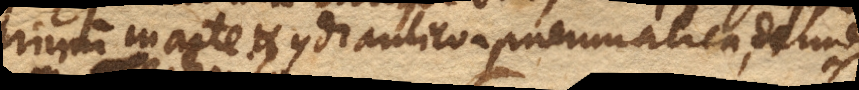
rimum in arte Hydraulico-pneumatica,